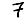
Digit: 7